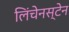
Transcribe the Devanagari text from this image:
लिंचेनस्टेन